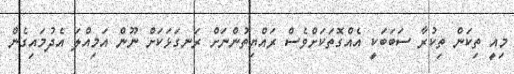
މިއީ ތިކަން ތިކުރާ ސަބަބަކީ އެއްގޮތަކަށްވެސް ރައްޔިތުންނަށް ރަނގަޅަކަށް ނޫން އަމިއްލަ އެދުމައިގެން